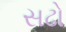
સઢો